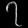
Digit: ၇